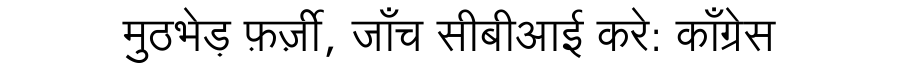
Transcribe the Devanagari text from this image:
मुठभेड़ फ़र्ज़ी, जाँच सीबीआई करे: काँग्रेस